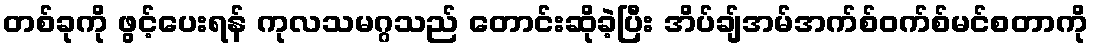
တစ်ခုကို ဖွင့်ပေးရန် ကုလသမဂ္ဂသည် တောင်းဆိုခဲ့ပြီး အိပ်ချ်အမ်အက်စ်ဝက်စ်မင်စတာကို